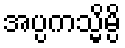
အပ္ပကသ္မိမ္ပိ